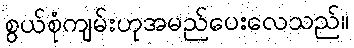
စွယ်စုံကျမ်းဟုအမည်ပေးလေသည်။